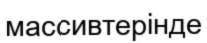
массивтерінде